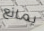
يمانع